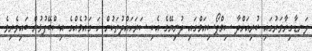
ލަނޑާގިރާވަރުގައި ކުރިއަށްދާ ސިމްޕޯސިއަމްގައި ދުނިޔޭގެ އެކި ސަރަހައްދުތަކުން ހަ ގައުމެއްގެ އިސްބޭފުޅުން ބައިވެރިވެ